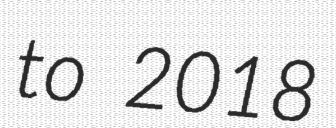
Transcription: to 2018